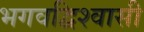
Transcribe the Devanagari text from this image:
भगवद्विश्‍वासी